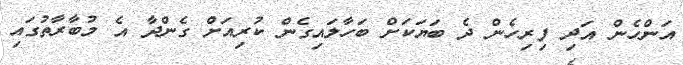
އަންހެން އަދި ފިރިހެން ދެ ބަޔަކަށް ބަހާލައިގެން ކުރިއަށް ގެންދާ އެ މުބާރާތުގައި